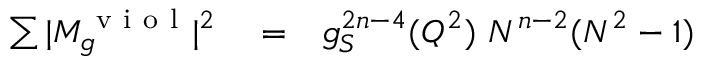
\begin{array} { r l r } { \sum \vert M _ { g } ^ { \mathrm { ~ v ~ i ~ o ~ l ~ } } \vert ^ { 2 } } & { { } = } & { g _ { S } ^ { 2 n - 4 } ( Q ^ { 2 } ) ~ N ^ { n - 2 } ( N ^ { 2 } - 1 ) } \end{array}